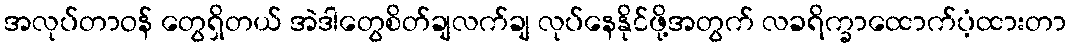
အလုပ်တာဝန် တွေရှိတယ် အဲဒါတွေစိတ်ချလက်ချ လုပ်နေနိုင်ဖို့အတွက် လခရိက္ခာထောက်ပံ့ထားတာ